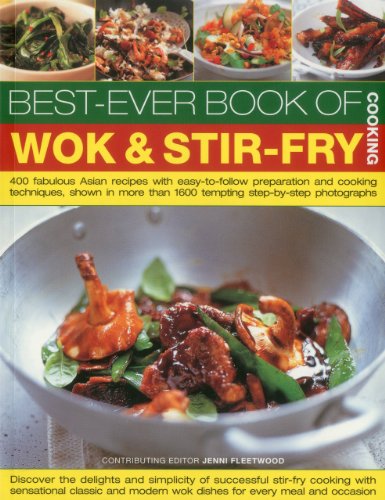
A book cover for Best-Ever Book of Wok & Stir Fry Cooking: 400 fabulous Asian recipes with easy-to-follow preparation and cooking techniques, shown in more than 1600 tempting step-by-step photographs; Jenni Fleetwood; Cookbooks, Food & Wine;